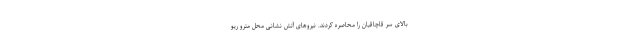
بالای سر قاچاقیان را محاصره کردند. نیروهای آتش نشانی محل مترو ریو